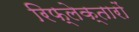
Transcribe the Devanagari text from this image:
रिफ्लेक्तारों